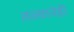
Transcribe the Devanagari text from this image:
तत्त्वानेही